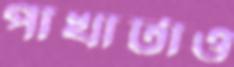
পাখাটাও